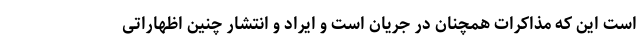
است این که مذاکرات همچنان در جریان است و ایراد و انتشار چنین اظهاراتی